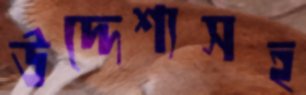
উদ্দেশ্যসহ